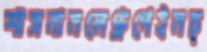
শাসনামলেগ্রুপেইমচ্